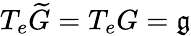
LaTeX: T_{e}{\widetilde{G}}=T_{e}G={\mathfrak{g}}